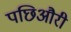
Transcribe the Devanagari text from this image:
पछिऔरी